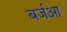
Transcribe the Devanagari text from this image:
बर्जआ